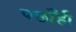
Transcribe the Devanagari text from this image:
पछाँही